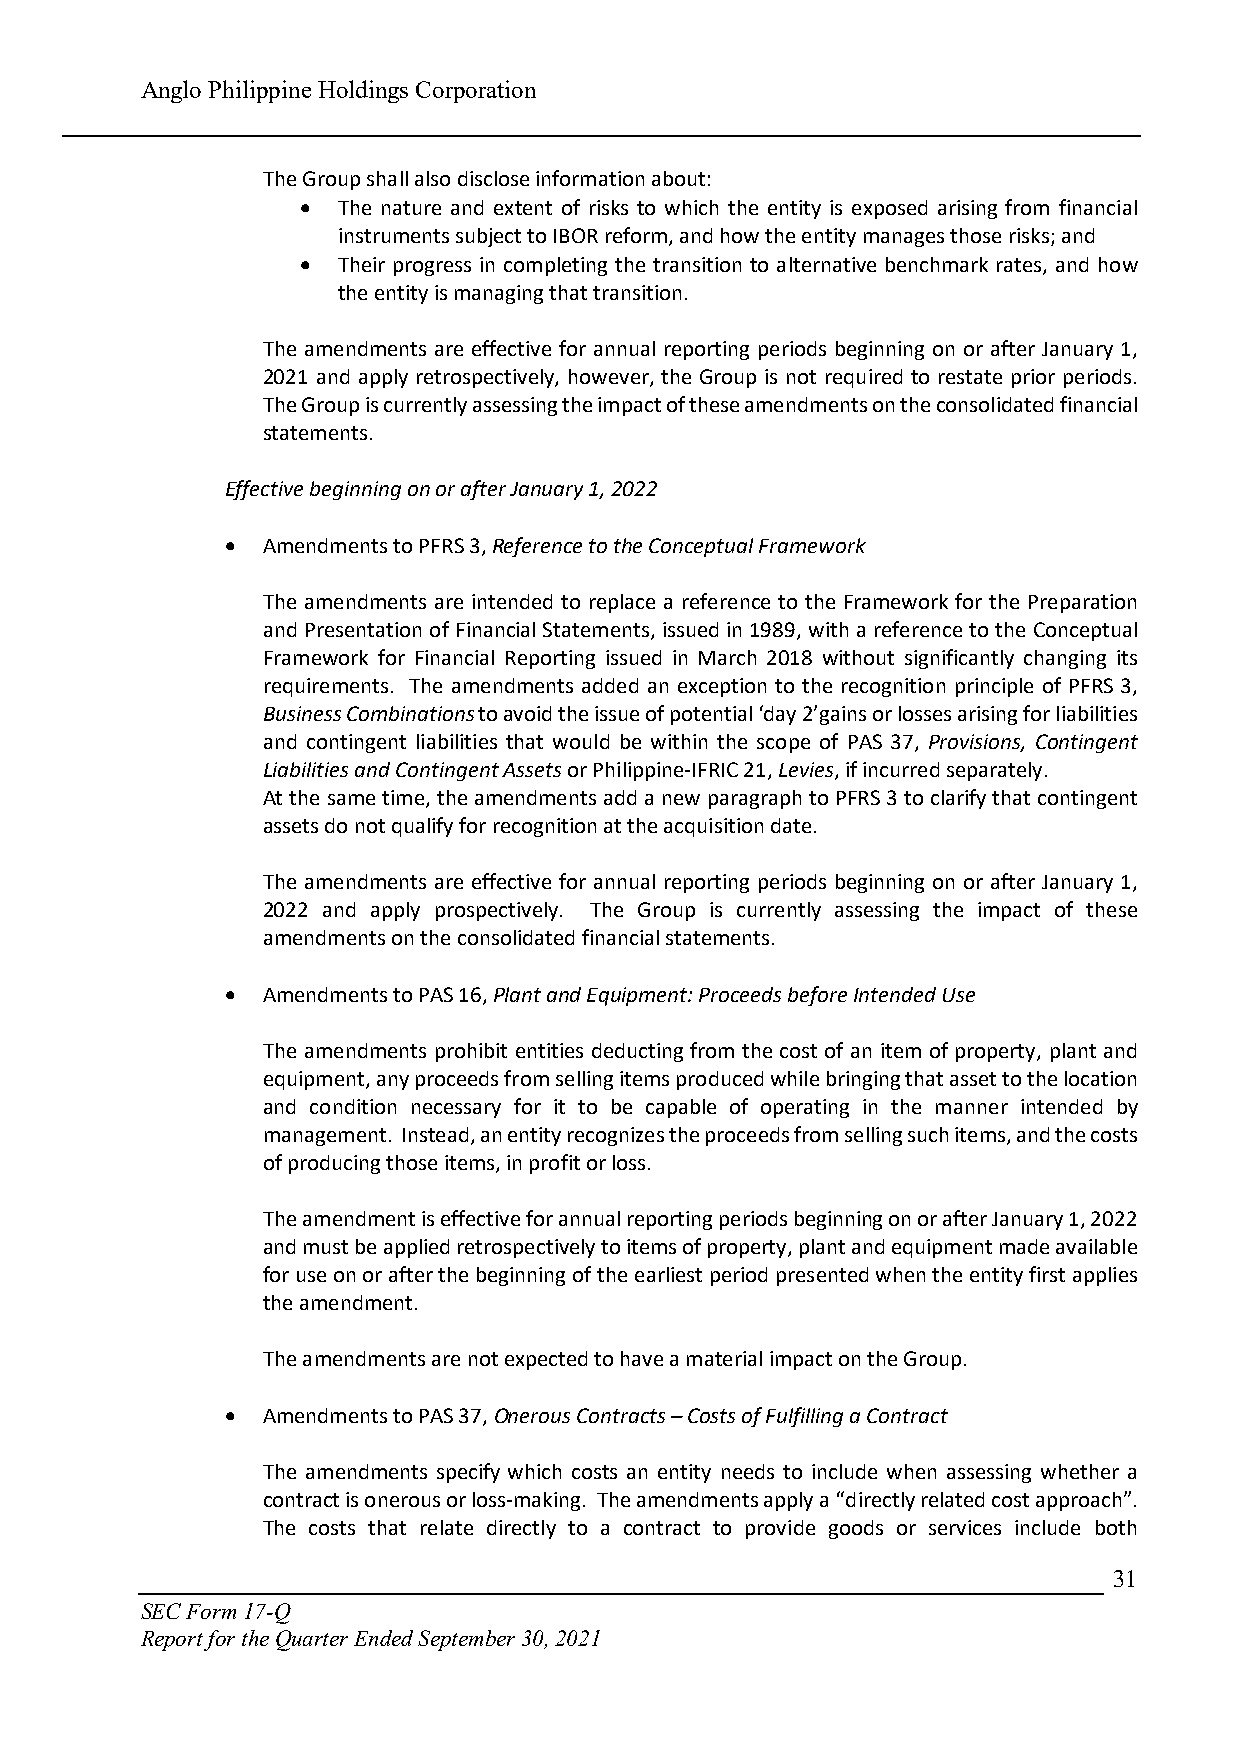
Anglo Philippine Holdings Corporation
 The Group shall also disclose information about:
  The nature and extent of risks to which the entity is exposed arising from financial
 instruments subject to IBOR reform, and how the entity manages those risks; and
  Their progress in completing the transition to alternative benchmark rates, and how
 the entity is managing that transition.
 The amendments are effective for annual reporting periods beginning on or after January 1,
 2021 and apply retrospectively, however, the Group is not required to restate prior periods.
 The Group is currently assessing the impact of these amendments on the consolidated financial
 statements.
 Effective beginning on or after January 1, 2022
  Amendments to PFRS 3, Reference to the Conceptual Framework
 The amendments are intended to replace a reference to the Framework for the Preparation
 and Presentation of Financial Statements, issued in 1989, with a reference to the Conceptual
 Framework for Financial Reporting issued in March 2018 without significantly changing its
 requirements. The amendments added an exception to the recognition principle of PFRS 3,
 Business Combinations to avoid the issue of potential ‘day 2’gains or losses arising for liabilities
 and contingent liabilities that would be within the scope of PAS 37, Provisions, Contingent
 Liabilities and Contingent Assets or Philippine-IFRIC 21, Levies, if incurred separately.
 At the same time, the amendments add a new paragraph to PFRS 3 to clarify that contingent
 assets do not qualify for recognition at the acquisition date.
 The amendments are effective for annual reporting periods beginning on or after January 1,
 2022 and apply prospectively. The Group is currently assessing the impact of these
 amendments on the consolidated financial statements.
  Amendments to PAS 16, Plant and Equipment: Proceeds before Intended Use
 The amendments prohibit entities deducting from the cost of an item of property, plant and
 equipment, any proceeds from selling items produced while bringing that asset to the location
 and condition necessary for it to be capable of operating in the manner intended by
 management. Instead, an entity recognizes the proceeds from selling such items, and the costs
 of producing those items, in profit or loss.
 The amendment is effective for annual reporting periods beginning on or after January 1, 2022
 and must be applied retrospectively to items of property, plant and equipment made available
 for use on or after the beginning of the earliest period presented when the entity first applies
 the amendment.
 The amendments are not expected to have a material impact on the Group.
  Amendments to PAS 37, Onerous Contracts – Costs of Fulfilling a Contract
 The amendments specify which costs an entity needs to include when assessing whether a
 contract is onerous or loss-making. The amendments apply a “directly related cost approach”.
 The costs that relate directly to a contract to provide goods or services include both
 31
 SEC Form 17-Q
 Report for the Quarter Ended September 30, 2021